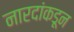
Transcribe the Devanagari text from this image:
नारदांकडून